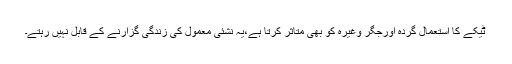
ٹیکے کا استعمال گردہ اورجگر وغیرہ کو بھی متاثر کرتا ہے،یہ نشئی معمول کی زندگی گزارنے کے قابل نہیں رہتے۔